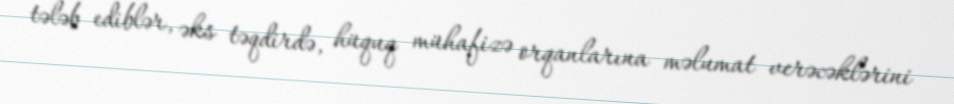
tələb ediblər, əks təqdirdə, hüquq mühafizə orqanlarına məlumat verəcəklərini